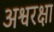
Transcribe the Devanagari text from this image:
अश्वरक्षा